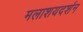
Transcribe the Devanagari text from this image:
मलाशयदर्शन